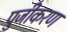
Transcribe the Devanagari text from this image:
पुजीकरण